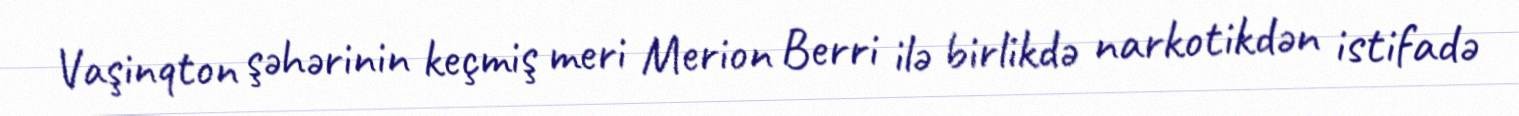
Vaşinqton şəhərinin keçmiş meri Merion Berri ilə birlikdə narkotikdən istifadə